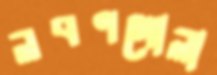
লবণগোলা